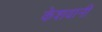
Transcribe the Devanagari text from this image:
केशवानी